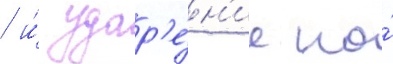
/ и́ удар'е́н'ие по́